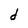
Character: d